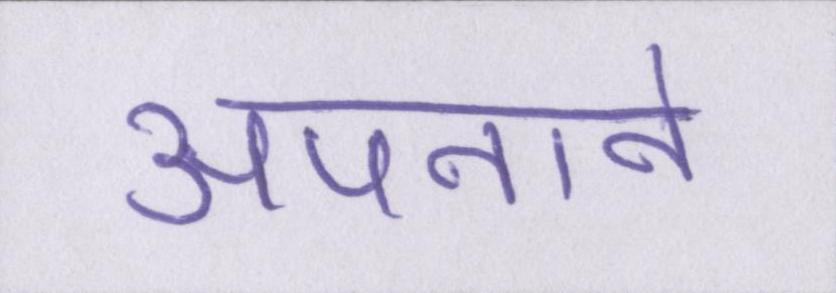
अपनाने